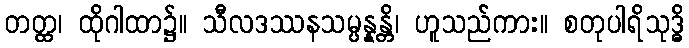
တတ္ထ၊ ထိုဂါထာ၌။ သီလဒဿနသမ္ပန္နန္တိ၊ ဟူသည်ကား။ စတုပါရိသုဒ္ဓိ